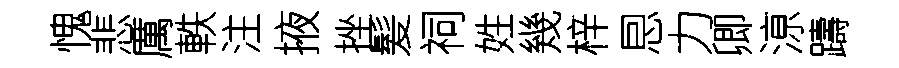
愧悲厲軼注掖挫髪祠姓幾梓㤙力卿鿌躊